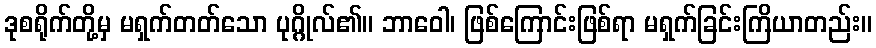
ဒုစရိုက်တို့မှ မရှက်တတ်သော ပုဂ္ဂိုလ်၏။ ဘာဝေါ၊ ဖြစ်ကြောင်းဖြစ်ရာ မရှက်ခြင်းကြိယာတည်း။